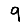
Digit: 9